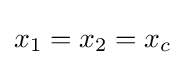
x_{1}=x_{2}=x_{c}